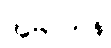
အဲဗာတန်